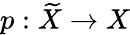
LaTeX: p:{\widetilde{X}}\to X